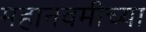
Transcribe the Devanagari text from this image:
महानवमीच्या